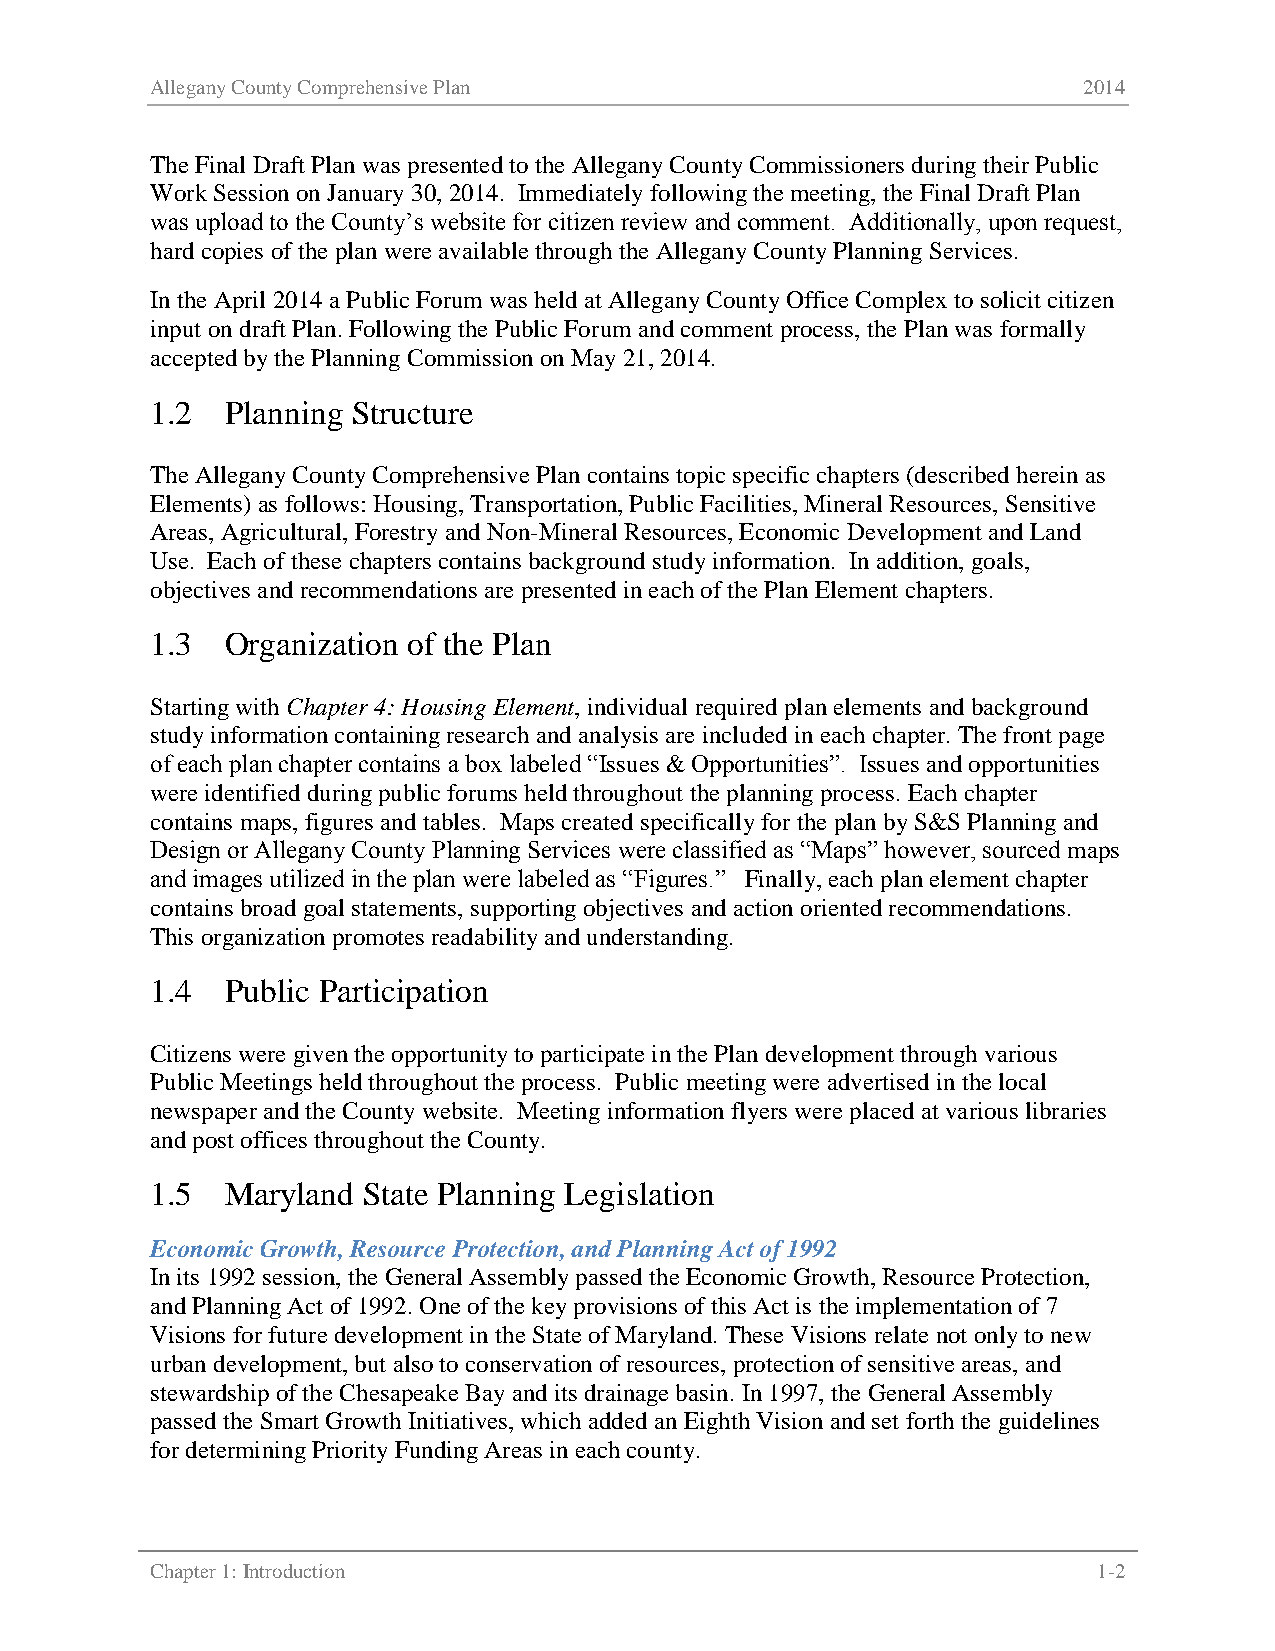
Allegany County Comprehensive Plan                            2014
 The Final Draft Plan was presented to the Allegany County Commissioners during their Public
 Work Session on January 30, 2014. Immediately following the meeting, the Final Draft Plan
 was upload to the County’s website for citizen review and comment. Additionally, upon request,
 hard copies of the plan were available through the Allegany County Planning Services.
 In the April 2014 a Public Forum was held at Allegany County Office Complex to solicit citizen
 input on draft Plan. Following the Public Forum and comment process, the Plan was formally
 accepted by the Planning Commission on May 21, 2014.
 1.2  Planning Structure
 The Allegany County Comprehensive Plan contains topic specific chapters (described herein as
 Elements) as follows: Housing, Transportation, Public Facilities, Mineral Resources, Sensitive
 Areas, Agricultural, Forestry and Non-Mineral Resources, Economic Development and Land
 Use. Each of these chapters contains background study information. In addition, goals,
 objectives and recommendations are presented in each of the Plan Element chapters.
 1.3  Organization of the Plan
 Starting with Chapter 4: Housing Element, individual required plan elements and background
 study information containing research and analysis are included in each chapter. The front page
 of each plan chapter contains a box labeled “Issues & Opportunities”. Issues and opportunities
 were identified during public forums held throughout the planning process. Each chapter
 contains maps, figures and tables. Maps created specifically for the plan by S&S Planning and
 Design or Allegany County Planning Services were classified as “Maps” however, sourced maps
 and images utilized in the plan were labeled as “Figures.” Finally, each plan element chapter
 contains broad goal statements, supporting objectives and action oriented recommendations.
 This organization promotes readability and understanding.
 1.4  Public Participation
 Citizens were given the opportunity to participate in the Plan development through various
 Public Meetings held throughout the process. Public meeting were advertised in the local
 newspaper and the County website. Meeting information flyers were placed at various libraries
 and post offices throughout the County.
 1.5  Maryland State Planning Legislation
 Economic Growth, Resource Protection, and Planning Act of 1992
 In its 1992 session, the General Assembly passed the Economic Growth, Resource Protection,
 and Planning Act of 1992. One of the key provisions of this Act is the implementation of 7
 Visions for future development in the State of Maryland. These Visions relate not only to new
 urban development, but also to conservation of resources, protection of sensitive areas, and
 stewardship of the Chesapeake Bay and its drainage basin. In 1997, the General Assembly
 passed the Smart Growth Initiatives, which added an Eighth Vision and set forth the guidelines
 for determining Priority Funding Areas in each county.
 Chapter 1: Introduction                                        1-2